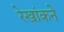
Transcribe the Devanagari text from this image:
रेखांकने